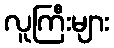
လူကြီးများ